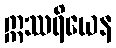
ဣဿရိယေန